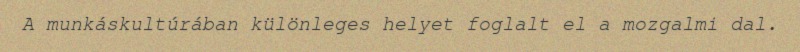
A munkáskultúrában különleges helyet foglalt el a mozgalmi dal.